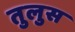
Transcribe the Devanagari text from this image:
तुलुस